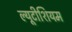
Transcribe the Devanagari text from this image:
ल्यूटीशियम